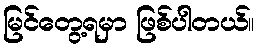
မြင်တွေ့ရမှာ ဖြစ်ပါတယ်။